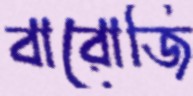
বারোজি